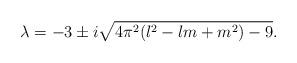
LaTeX: \begin{align*}\lambda=-3\pm i\sqrt{4\pi^2(l^2-lm+m^2)-9}.\end{align*}